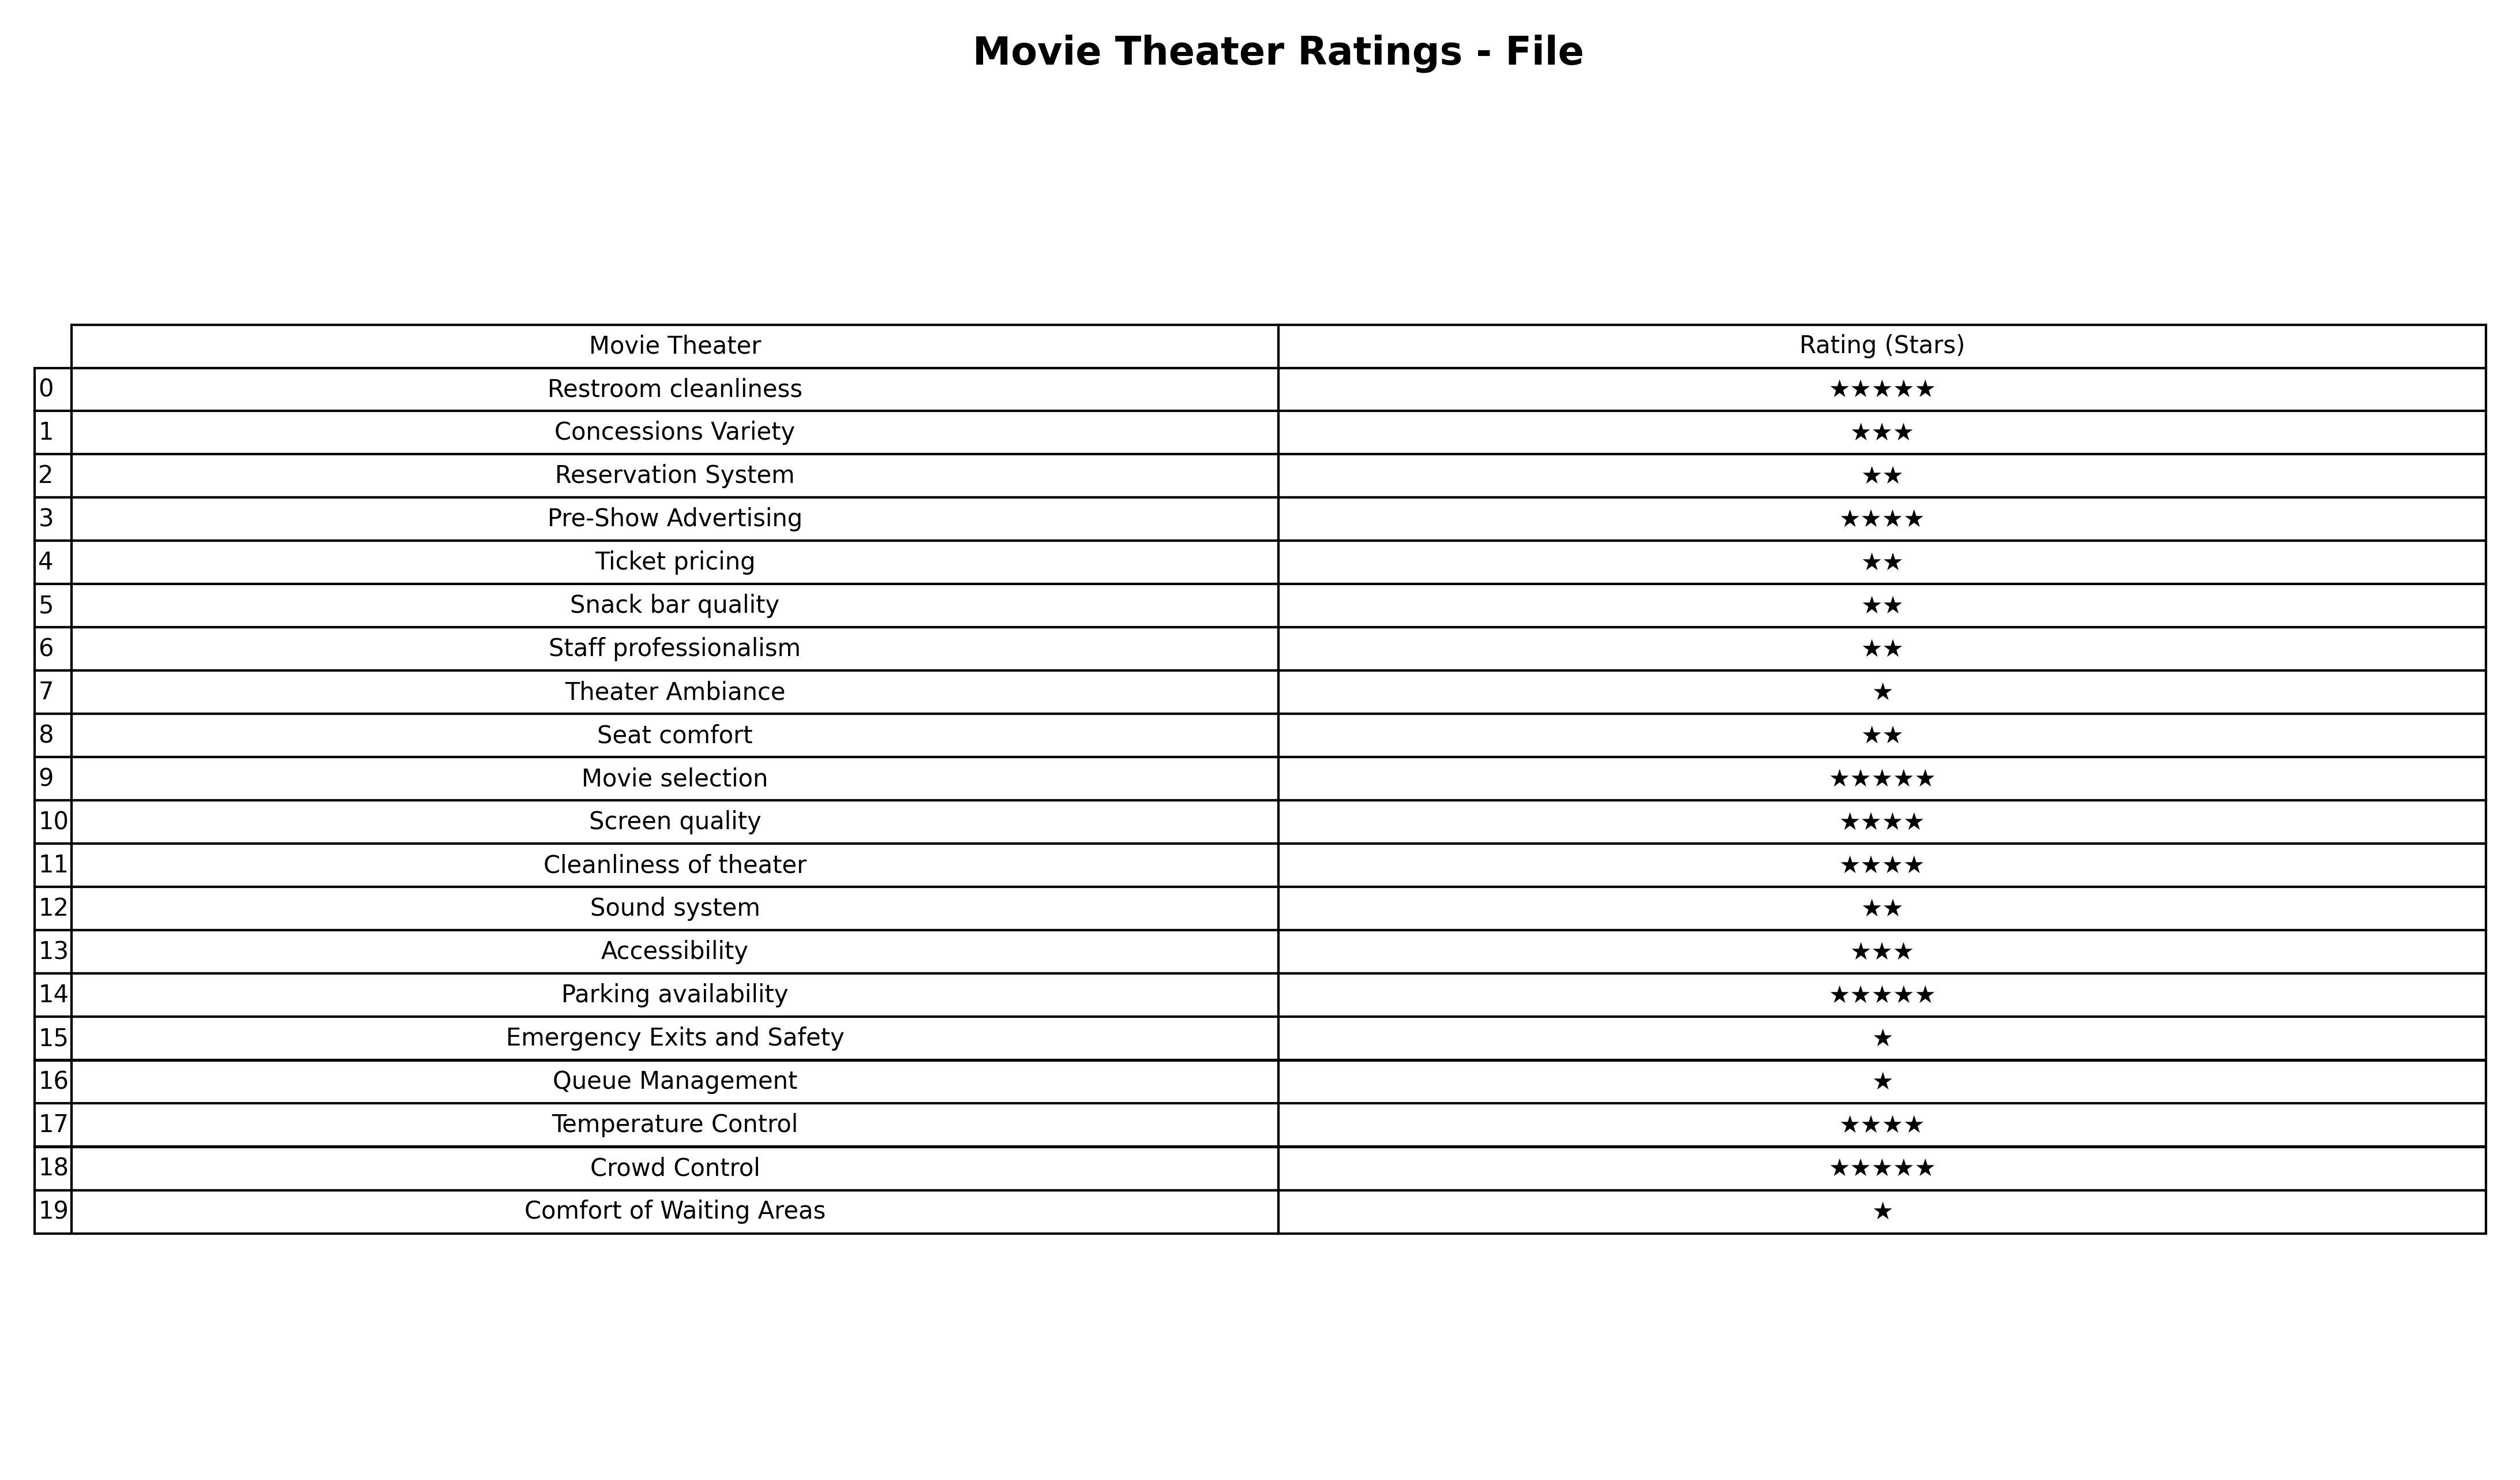
question: What is the rating of Screen quality?
answer: ★★★★